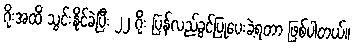
ဂိုးအထိ သွင်းနိုင်ခဲ့ပြီး ၂၂ ဂိုး ပြန်လည်ခွင့်ပြုပေးခဲ့ရတာ ဖြစ်ပါတယ်။